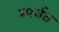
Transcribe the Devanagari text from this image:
स्पर्धत